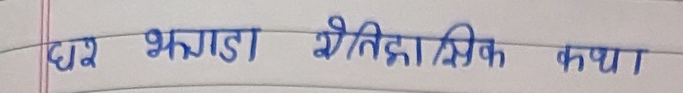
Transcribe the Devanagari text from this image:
घर भगाडा ऐतिहासिक कथा